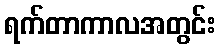
ရက်တာကာလအတွင်း